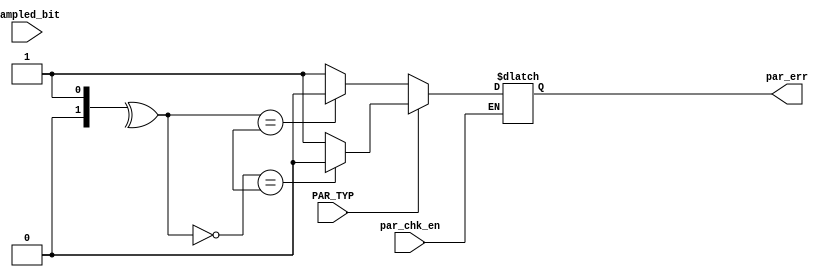
module parity_check (
    input wire par_chk_en,
    input wire PAR_TYP,
    input wire sampled_bit,
    output reg par_err

);
    
reg [8:0] data;
always @(*) 
    begin
        
       // data<=0;
        if (par_chk_en)
            data<={sampled_bit,data};
        else

             if (PAR_TYP==0) 
                    par_err=((^data[7:0])==data[8]) ? 1'b0:1'b1;
            else
                    par_err=((~(^data[7:0]))==data[8]) ? 1'b0:1'b1;
           // data<=0;
    end
endmodule